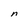
Character: n